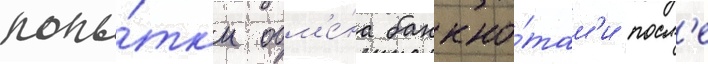
попы́тк'и обм'е́на банкно́там'и посл'е